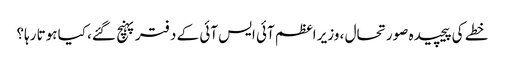
خطے کی پیچیدہ صورتحال ، وزیر اعظم آئی ایس آئی کے دفتر پہنچ گئے، کیا ہوتا رہا؟